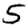
Digit: 5